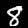
Label: 8